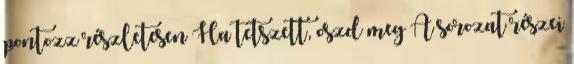
pontozz részletesen Ha tetszett, oszd meg A sorozat részei